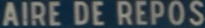
AIRE DE REPOS